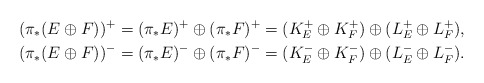
\begin{align*}(\pi_*(E\oplus F))^+&=(\pi_*E)^+\oplus(\pi_*F)^+=(K_E^+\oplus K_F^+)\oplus(L_E^+\oplus L_F^+),\\(\pi_*(E\oplus F))^-&=(\pi_*E)^-\oplus(\pi_*F)^-=(K_E^-\oplus K_F^-)\oplus(L_E^-\oplus L_F^-).\end{align*}